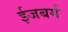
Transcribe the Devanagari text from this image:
ईजबर्ग